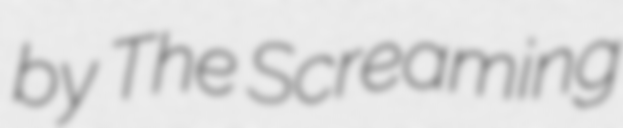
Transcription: by The Screaming